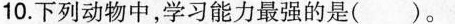
10.下列动物中，学习能力最强的是()。